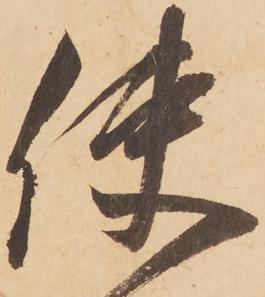
使